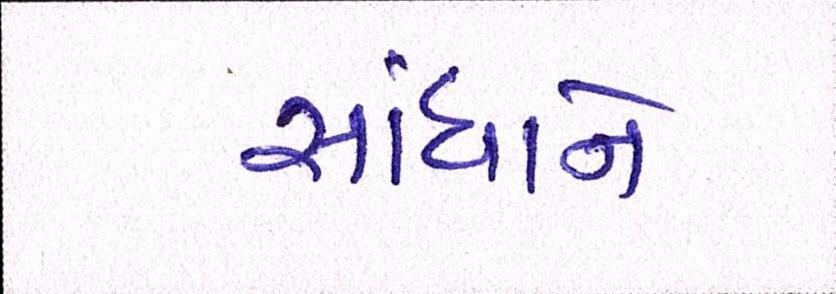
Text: સાંધાને